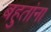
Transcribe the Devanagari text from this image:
बहुतांना